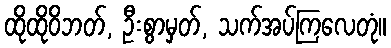
ထိုထိုဝိဘတ်, ဦးစွာမှတ်, သက်အပ်ကြလေတုံ။